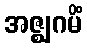
အဇ္ဈဂမိံ